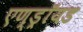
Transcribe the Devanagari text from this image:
एण्ड्रॉयड